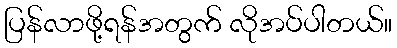
ပြန်လာဖို့ရန်အတွက် လိုအပ်ပါတယ်။